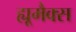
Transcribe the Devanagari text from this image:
ह्यूमैक्स